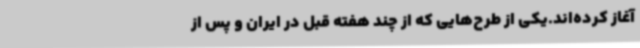
آغاز کرده‌اند.یکی از طرح‌هایی که از چند هفته قبل در ایران و پس از